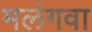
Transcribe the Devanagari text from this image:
मलंगवा